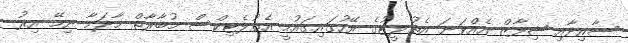
ސާއިދާއި ޝިފާޒް އެއްވަނަ އެތުލީޓުގެ ރޭހުގައިގައުމީ އެތުލެޓިކްސް މުބާރާތް މާދަމާ ނިމޭ އިރު